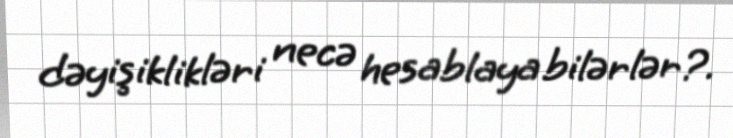
dəyişiklikləri necə hesablaya bilərlər?.